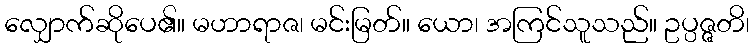
လျှောက်ဆိုပေ၏။ မဟာရာဇ၊ မင်းမြတ်။ ယော၊ အကြင်သူသည်။ ဥပ္ပဇ္ဇတိ၊